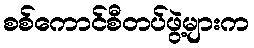
စစ်ကောင်စီတပ်ဖွဲ့များက